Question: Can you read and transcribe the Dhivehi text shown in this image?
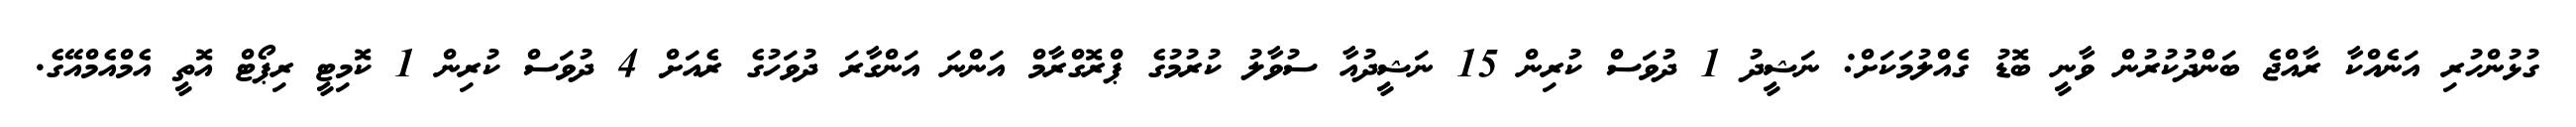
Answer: ގުޅުންހުރި އަނެއްކާ ރާއްޖެ ބަންދުކުރުން ވާނީ ބޮޑު ގެއްލުމަކަށް: ނަޝީދު 1 ދުވަސް ކުރިން 15 ނަޝީދުއާ ސުވާލު ކުރުމުގެ ޕްރޮގްރާމް އަންނަ އަންގާރަ ދުވަހުގެ ރެއަށް 4 ދުވަސް ކުރިން 1 ކޮމިޓީ ރިޕޯޓް އޮތީ އެމްއެމްއޭގެ.